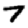
Digit: 7